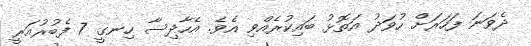
ދެވަނަ ފަހަރަށް ހުވަދު އަތޮޅު ބައިކުރެއްވި އެވެ. އެހާދިސާ ހިނގީ 7 ފެބުރުއަރީ